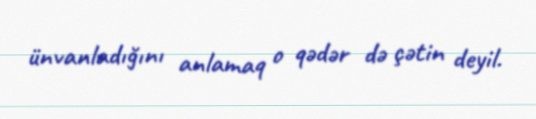
ünvanladığını anlamaq o qədər də çətin deyil.